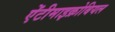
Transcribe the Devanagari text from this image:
ऐंटीमाइक्रोबियल